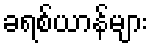
ခရစ်ယာန်များ